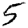
Digit: 5